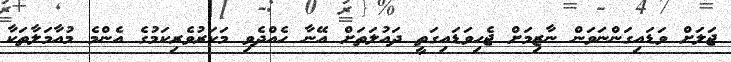
ޖަލަށް ވަޑައިގަންނަވަން ނާޒިމަށް ޖެހިވަޑައިގަތީ ދައުލަތަށް އޭނާ ހެއްދެވި މަކަރުވެރިކަމުގެ އެންމެ މުއާމަލާތަކާ